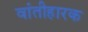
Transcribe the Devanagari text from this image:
वांतीहारक